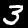
Label: 3